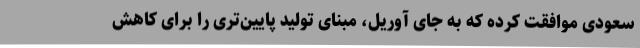
سعودی موافقت کرده که به جای آوریل، مبنای تولید پایین‌تری را برای کاهش